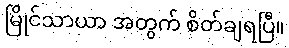
မြိုင်သာယာ အတွက် စိတ်ချရပြီ။